画像に写った文字を読んでください
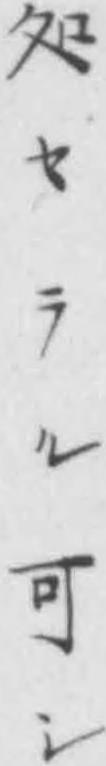
「処セラル可シ」と書いてあります